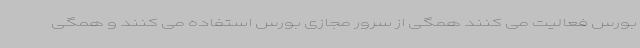
بورس فعالیت می کنند همگی از سرور مجازی بورس استفاده می کنند و همگی